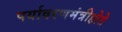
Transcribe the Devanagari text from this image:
पर्यावरणमंत्रीहोते